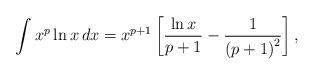
LaTeX: \begin{align*}\int x^{p}\ln x\,dx=x^{p+1}\left[ \frac{\ln x}{p+1}-\frac{1}{\left(p+1\right) ^{2}}\right] , \end{align*}